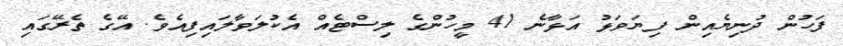
ފަހުން ދުނިޔެއިން ފިޔަވަޅު އަޅާނެ 41 މީހުންގެ ލިސްޓެއް އެކުލަވާލައިފިއެވެ. އޭގެ ތެރޭގައި